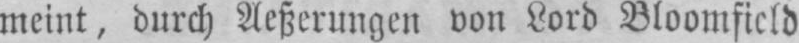
meint, durch Aeßerungen von Lord Bloomfield